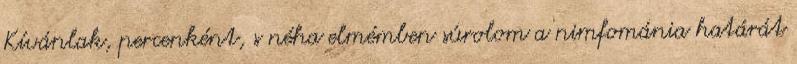
Kívánlak, percenként, s néha elmémben súrolom a nimfománia határát